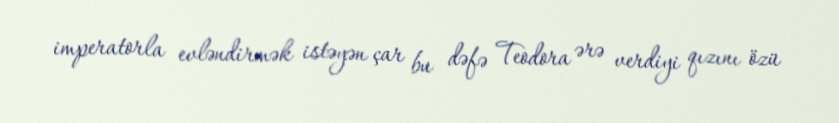
imperatorla evləndirmək istəyən çar bu dəfə Teodora ərə verdiyi qızını özü